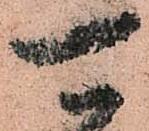
可